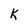
Character: K